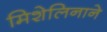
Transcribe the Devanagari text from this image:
मिशेलिनाने